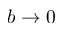
b \rightarrow 0